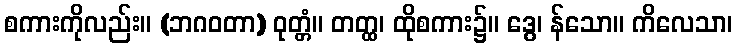
စကားကိုလည်း။ (ဘဂဝတာ) ဝုတ္တံ။ တတ္ထ၊ ထိုစကား၌။ ဒွေ၊ န်သော။ ကိလေသာ၊